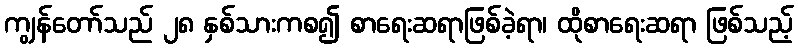
ကျွန်တော်သည် ၂၈ နှစ်သားကစ၍ စာရေးဆရာဖြစ်ခဲ့ရာ၊ ထိုစာရေးဆရာ ဖြစ်သည့်